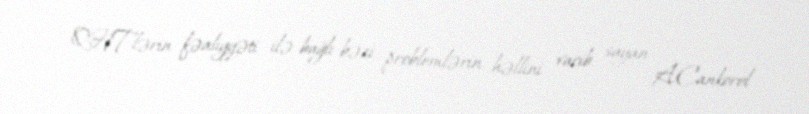
QHT-lərin fəaliyyəti ilə bağlı bəzi problemlərin həllini vacib sayan A.Cankorel